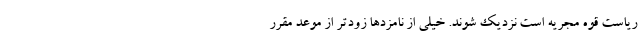
ریاست قوه مجریه است نزدیک شوند. خیلی از نامزدها زودتر از موعد مقرر